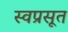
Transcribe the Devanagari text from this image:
स्वप्रसूत